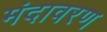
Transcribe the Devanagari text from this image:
मंदावरण